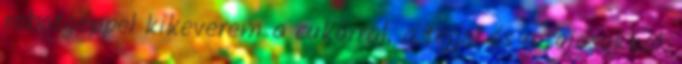
robotgéppel kikeverem a cukorral, a tejjel és a tojásokkal.